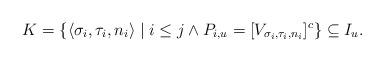
LaTeX: \begin{align*}K = \{ \langle \sigma_i, \tau_i, n_i \rangle \mid i \leq j \wedge P_{i,u} = [V_{\sigma_i, \tau_i, n_i}]^c \} \subseteq I_u.\end{align*}